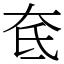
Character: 奃